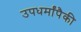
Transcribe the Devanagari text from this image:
उपधर्मांपैकी